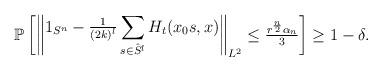
LaTeX: \begin{align*}\mathbb P\begin{bmatrix}\begin{Vmatrix}1_{S^n}-{\frac 1{(2k)^l}}\displaystyle\sum_{s\in {\hat S}^l} H_t(x_0s, x)\end{Vmatrix}_{L^2}\leq {\frac{r^{\frac n2}\alpha_n}3}\end{bmatrix}\geq 1-\delta.\end{align*}